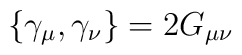
\{\gamma _{\mu },\gamma _{\nu }\}=2G_{\mu \nu }